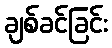
ချစ်ခင်ခြင်း